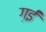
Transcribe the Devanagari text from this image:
ग़ईं